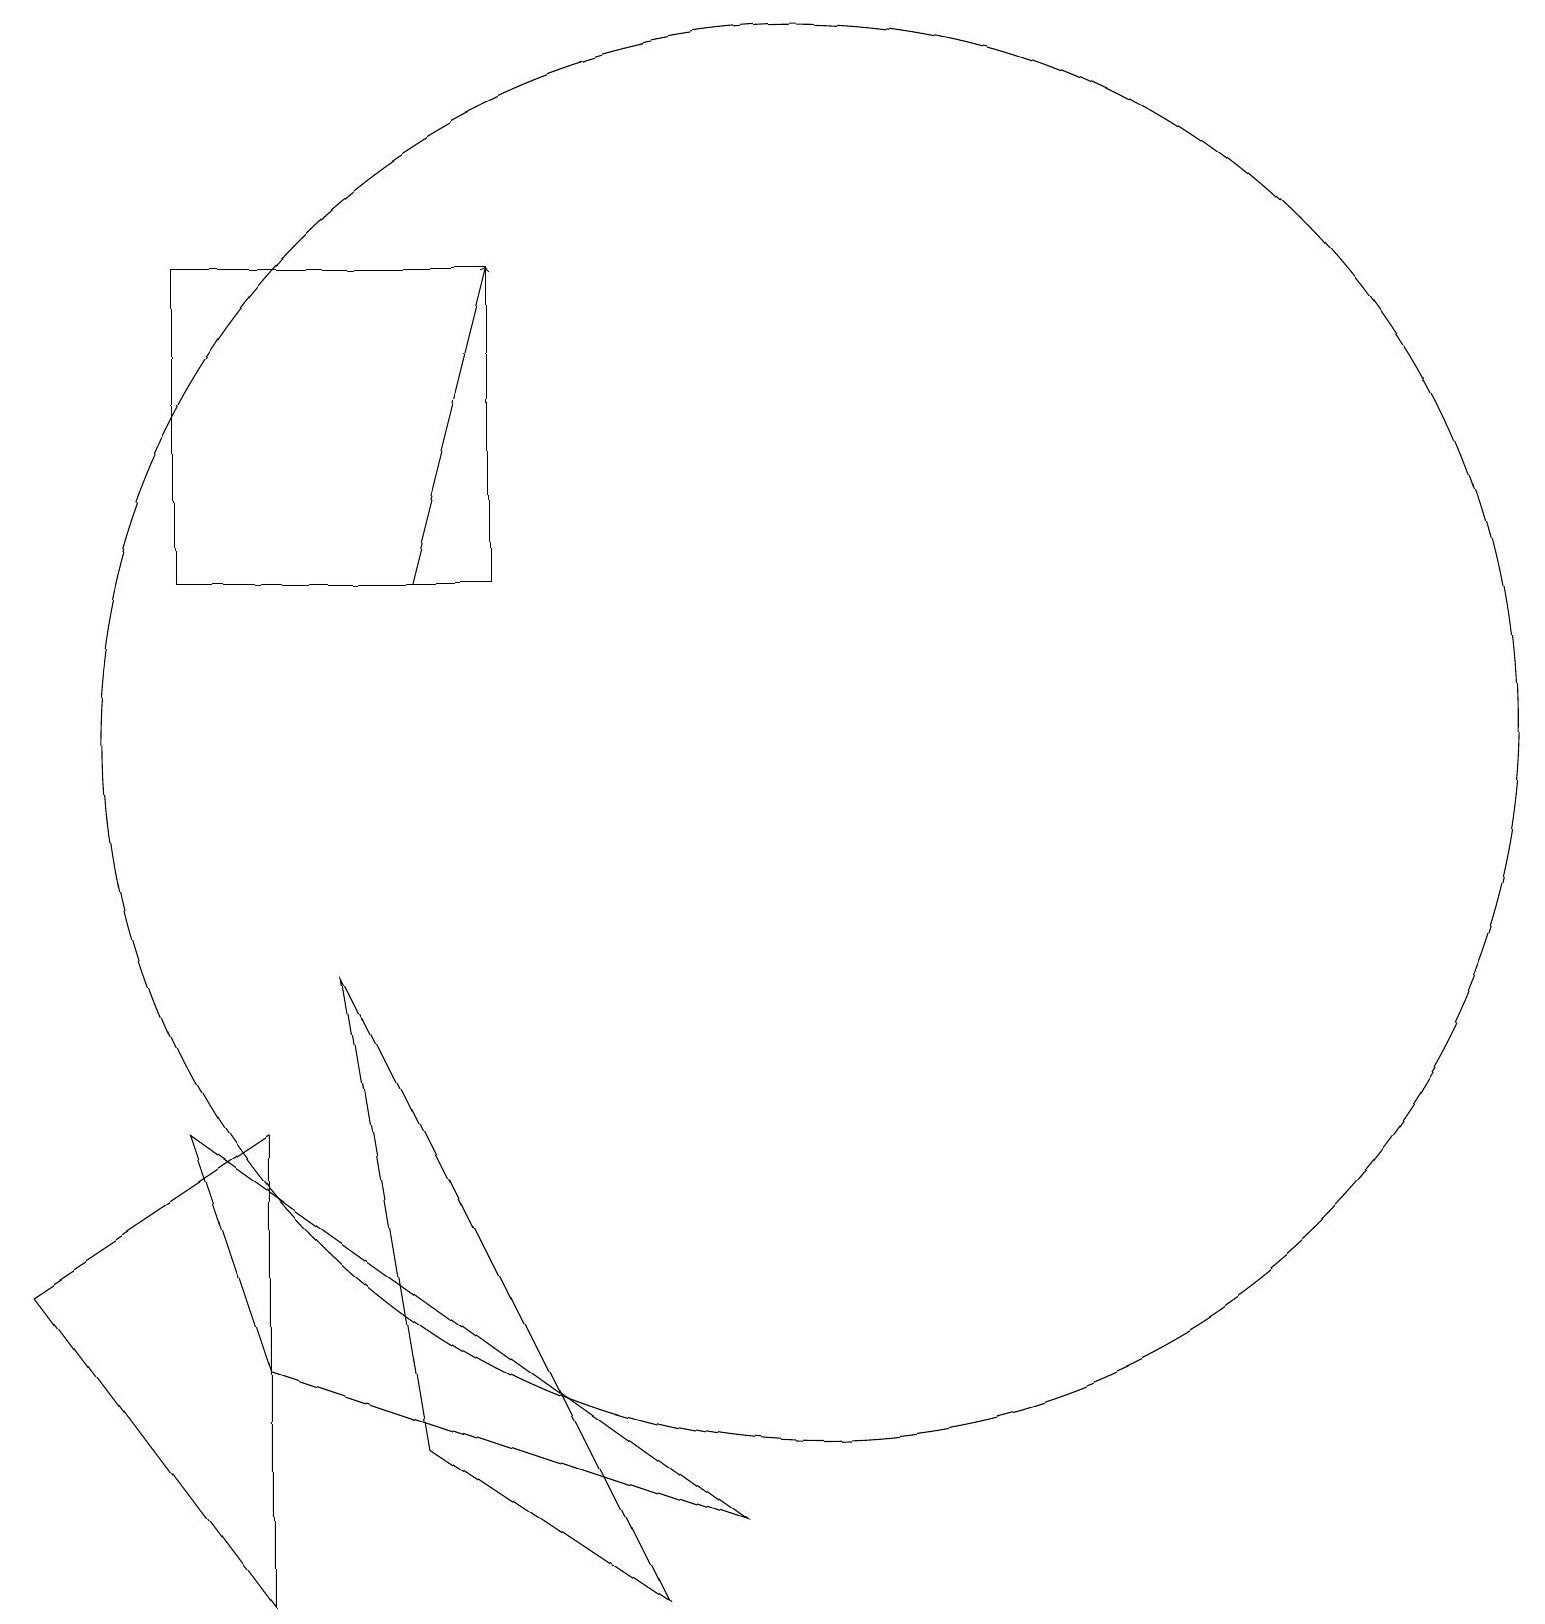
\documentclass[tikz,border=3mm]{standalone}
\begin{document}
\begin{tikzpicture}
\draw (8,0) -- (5,2) -- (4,8) -- cycle;
\draw (2,17) rectangle (6,13);
\draw (3,3) -- (9,1) -- (2,6) -- cycle;
\draw (3,6) -- (0,4) -- (3,0) -- cycle;
\draw (10,11) circle (9);
\draw[->] (5,13) -- (6,17);
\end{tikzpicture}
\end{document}